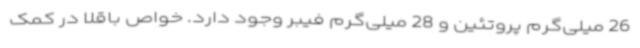
26 میلی‌گرم پروتئین و 28 میلی‌گرم فیبر وجود دارد. خواص باقلا در کمک